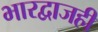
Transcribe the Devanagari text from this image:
भारद्वाजही